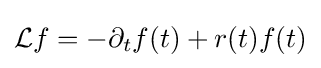
{\mathcal {L}}f=-\partial _{t}f(t)+r(t)f(t)